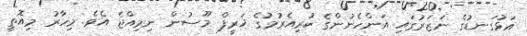
އަޅުގަނޑުގެ ނަޒަރުގައި އަންހެނުންގެ ކުރިއެރުމުގެ ޚަރީފް މޫސުން ނިމިއްޖެ އެވެ. މިހާރު މިއޮތީ